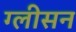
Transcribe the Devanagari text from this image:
ग्‍लीसन